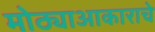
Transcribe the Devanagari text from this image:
मोठ्याआकाराचे